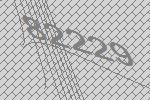
82229